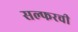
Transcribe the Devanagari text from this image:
सल्फरची